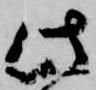
此